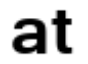
at